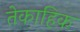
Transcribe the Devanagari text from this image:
तेकाहिक